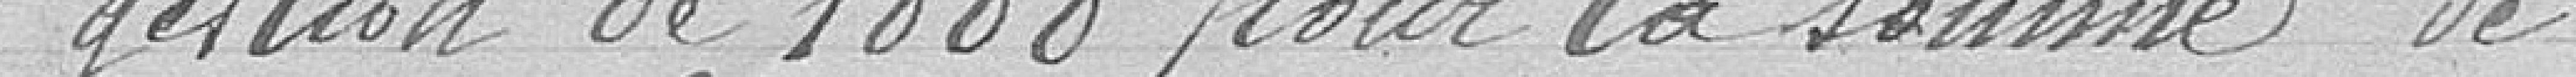
gestion de 1888 pour la somme de